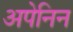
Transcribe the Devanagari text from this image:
अपेनिन